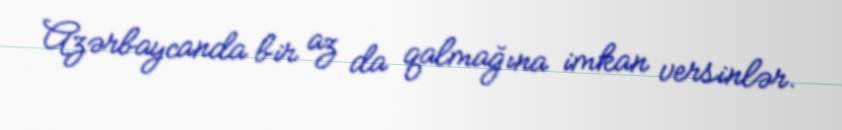
Azərbaycanda bir az da qalmağına imkan versinlər.